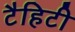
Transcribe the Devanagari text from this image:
टैहिटी